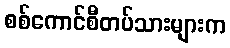
စစ်ကောင်စီတပ်သားများက